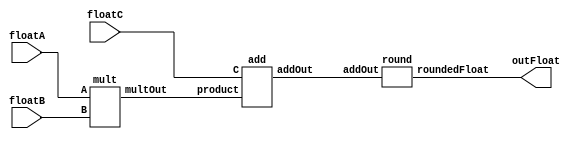
`timescale 1ns / 1ps
//////////////////////////////////////////////////////////////////////////////////
// Company: 
// Engineer: 
// 
// Design Name: 
// Module Name: FMA
// Project Name: 
// Target Devices: 
// Tool Versions: 
// Description: 
// 
// Dependencies: 
// 
// Revision:
// Revision 0.01 - File Created
// Additional Comments:
// 
//////////////////////////////////////////////////////////////////////////////////


module FMA(input [31:0] floatA,floatB,floatC,output [31:0] outFloat);
wire[56:0] product;
wire [106:0] sum;
mult m(floatA,floatB,product);
add a(product,floatC,sum);
round r(sum,outFloat);
endmodule



module mult(input [31:0] A,B, output [56:0] multOut);
//take the exponents
wire [8:0] expA, expB;

assign expA[8]=0;
assign expB[8]=0;
assign expA[7:0]=A[30:23];
assign expB[7:0]=B[30:23];
//take mantissas 
//first zero padding
wire [47:0] MA, MB;
assign MA[47:24]=0;
assign MB[47:24]=0;

//take mantissas
assign MA[22:0]=A[22:0];
assign MB[22:0]=B[22:0];
//assign lead digit 
assign MA[23]=~(expA==0);
assign MB[23]=~(expB==0);


wire[47:0] multM;
assign multM=MA*MB;

//mask to pass value
wire overflow;
wire underflow;
wire [47:0]overflow_mask;
wire [47:0]underflow_mask;
wire [7:0]expOverflow_mask;
wire [7:0]expUnderflow_mask;
assign overflow_mask={48{overflow}};
assign underflow_mask={48{~underflow}};

assign expOverflow_mask={8{overflow}};
assign expUnderflow_mask={8{~underflow}};

assign overflow=((expA+expB)>9'd382);//127+255=382
assign underflow=((expA+expB)<9'd104);//127-23=104
//calculate exponents
wire [8:0] expAdd;
assign expAdd=(expA+expB)-9'd126;
wire [7:0] multExp;
assign multExp=expAdd[7:0];
wire multSign;
assign multSign=A[31]^B[31];

//final steps
wire finalMultS;
wire[7:0] finalMultExp;
wire[47:0] finalMultM;

assign finalMultS=multSign;
assign finalMultExp=(multExp&expUnderflow_mask)|expOverflow_mask;
assign finalMultM=(multM&underflow_mask)|overflow_mask;


assign multOut[56]=finalMultS;
assign multOut[55:48]=finalMultExp;
assign multOut[47:0]=finalMultM;

//construct multiplier output 
//build output 

endmodule











module add(input [56:0] product,input [31:0] C,output[106:0] addOut);
//take signs
wire sc,sp;
assign sp=product[56];
assign sc=C[31];
wire [7:0] expP ,expC;
assign expP=product[55:48];
assign expC=C[30:23];
//take mantissas
wire[48:0] MP;
assign MP[47:0]=product[47:0];
wire[48:0] MC;
assign MC[47]=~(expC==0);
assign MC[46:24]=C[22:0];
assign MC[23:0]=0;
//extra padding at the end
assign MC[48]=0;
assign MP[48]=0;

//determine which exponent is bigger
wire bigger;
assign bigger=(expP>=expC);
wire [47:0] bigM,smallM;
wire [7:0] bigExp,smallExp;
wire bigS,smallS;
assign bigM=(MP&({49{bigger}}))|(MC&({49{~bigger}}));
assign smallM=(MP&({49{~bigger}}))|(MC&({49{bigger}}));

assign bigExp=(expP&({8{bigger}}))|(expC&({8{~bigger}}));
assign smallExp=(expP&({8{~bigger}}))|(expC&({8{bigger}}));

assign bigS=(sp&({1{bigger}}))|(sc&({1{~bigger}}));
assign smallS=(sp&({1{~bigger}}))|(sc&({1{bigger}}));

//determine difference in exponents
wire [7:0] expDifference;
assign expDifference=bigExp-smallExp;


//assign to stages
wire [97:0] bigM_stage1;
wire [97:0] smallM_stage1;
assign bigM_stage1[95:48]=bigM;
assign smallM_stage1[95:48]=smallM;
//zero padding
assign bigM_stage1[97:96]=0;
assign smallM_stage1[97:96]=0;
assign bigM_stage1[47:0]=0;
assign smallM_stage1[47:0]=0;
//next stage
wire [97:0] bigM_stage2;
wire [97:0] smallM_stage2;
assign bigM_stage2=bigM_stage1;
assign smallM_stage2=smallM_stage1>>expDifference;
//next stage adding 2s compliment
wire[97:0] signedSum;
wire[97:0] signedTop,signedBottom;
assign signedTop=((bigM_stage2^{98{bigS}})+bigS);
assign signedBottom=((smallM_stage2^{98{smallS}})+smallS);
//adding top to bottom
assign signedSum=signedTop+signedBottom;
wire sumSign;
assign sumSign=signedSum[97];
//find absolute value of product 
wire[97:0] absSum;
assign absSum=((signedSum^{98{sumSign}})+sumSign);
//create masks
//first transger expBig to 2scompliment friendly expansion
wire [8:0] exp;
assign exp[7:0]=bigExp;
assign exp[8]=0;
wire overflow;
wire underflow;
wire [97:0]overflow_mask;
wire [97:0]underflow_mask;
wire [7:0]expOverflow_mask;
wire [7:0]expUnderflow_mask;
assign overflow=(bigExp+absSum[96])>9'd255;
assign underflow=((bigExp==0)&&(absSum[95:72]==0));

assign overflow_mask={98{overflow}};
assign underflow_mask={98{~underflow}};

assign expOverflow_mask={8{overflow}};
assign expUnderflow_mask={8{~underflow}};
//take final sum
wire[97:0] fSum;
assign fSum=absSum<<(1+absSum[96]);////left shift by one since sign no longer needed and an additional one if increase one digit
wire[7:0] fExp;
assign fExp=bigExp+absSum[96];
wire fSign;
assign fSign=sumSign;

wire [97:0] maskedM;
wire [7:0]maskedExp;
wire maskedS;
assign  maskedM=(fSum&underflow_mask)|overflow_mask;
assign  maskedExp=(fExp&expUnderflow_mask)|expOverflow_mask;
assign  maskedS=fSign;


//construct output
assign addOut[106]=fSign;
assign addOut[105:98]=maskedExp;
assign addOut[97:0]=maskedM;


endmodule

module round(input [106:0] addOut,output [31:0] roundedFloat);
//extract sign
wire s;
assign s=addOut[106];
//extract exponent
wire[7:0] exp;
assign exp=addOut[105:98];
//create 2s compliment ex number for exponent math
wire [8:0] ex;
assign ex[7:0]=exp;
assign ex[8]=0;
//extract mantissa
wire [97:0] m;
assign m=addOut[97:0];
//normalization
wire firstTwoOne;
assign firstTwoOne=(m[96]|m[95]);
wire [7:0] z;
wire [97:0] endShifted,expShifted;
countZeroes zed(m,z);
assign endShifted=m<<(z);
assign expShifted=m<<(exp);
//determine if it needs a shift 
wire needshift;

//determine type of shift
//1 for endshifted 0 for expshifted 
//wire typeShift;
//assign typeShift=((zeroes-(exp+9'd126))>9'd126);
wire expLargerThanZ;
assign needshift=((~firstTwoOne)&&~expLargerThanZ)|(exp==0);
assign expLargerThanZ=((ex)>=z);
wire [7:0] expdiff;
assign expdiff=ex-z;

reg [7:0] exponent;

reg [22:0]M;
always@(*)
begin
if(needshift)
begin 
 if(expLargerThanZ)begin M=endShifted[97:75];exponent=expdiff+1;  end
  else begin M=expShifted[95:73]; exponent=0; end
end 
else if (m[97]) begin M=m[96:74]; exponent=exp+1;end
else if (m[96])begin M=m[95:73]; exponent=exp;end
else begin M=m[94:72]; exponent=exp-1;end



end

assign roundedFloat[31]=s;
assign roundedFloat[22:0]=M;
assign roundedFloat[30:23]=exponent;
//if exp larger than z then endshifted
//if exp smaller than z than expshifted




//mask to handle overflow and underflow
//assign overflow=(bigExp+absSum[96])>9'd255;
//assign underflow=~((bigExp==0)&&(absSum[95:72]==0));

//assign overflow_mask={98{overflow}};
//assign underflow_mask={98{underflow}};

//assign expOverflow_mask={8{overflow}};
//assign expUnderflow_mask={8{underflow}};

endmodule 

//counts the number of zeroes from left to right 
//for rest change input 
module countZeroes(input [97:0] m,output [7:0] zeroes);
//26

reg [7:0] count;
assign zeroes=count;
always@(*)
begin
if(m[97])begin count=8'd0; end
else if(m[96])begin count=8'd1;end
else if(m[95])begin count=8'd2;end
else if(m[94])begin count=8'd3;end
else if(m[93])begin count=8'd4;end
else if(m[92])begin count=8'd5;end
else if(m[91])begin count=8'd6;end
else if(m[90])begin count=8'd7;end
else if(m[89])begin count=8'd8;end
else if(m[88])begin count=8'd9;end
else if(m[87])begin count=8'd10;end
else if(m[86])begin count=8'd11;end
else if(m[85])begin count=8'd12;end
else if(m[84])begin count=8'd13;end
else if(m[83])begin count=8'd14;end
else if(m[82])begin count=8'd15;end
else if(m[81])begin count=8'd16;end
else if(m[80])begin count=8'd17;end
else if(m[79])begin count=8'd18;end
else if(m[78])begin count=8'd19;end
else if(m[77])begin count=8'd20;end
else if(m[76])begin count=8'd21;end
else if(m[75])begin count=8'd22;end
else if(m[74])begin count=8'd23;end
else if(m[73])begin count=8'd24;end
else if(m[72])begin count=8'd25;end
else if(m[71])begin count=8'd26;end
else if(m[70])begin count=8'd27;end
else if(m[69])begin count=8'd28;end
else if(m[68])begin count=8'd29;end
else if(m[67])begin count=8'd30;end
else if(m[66])begin count=8'd31;end
else if(m[65])begin count=8'd32;end
else if(m[64])begin count=8'd33;end
else if(m[63])begin count=8'd34;end
else if(m[62])begin count=8'd35;end
else if(m[61])begin count=8'd36;end
else if(m[60])begin count=8'd37;end
else if(m[59])begin count=8'd38;end
else if(m[58])begin count=8'd39;end
else if(m[57])begin count=8'd40;end
else if(m[56])begin count=8'd41;end
else if(m[55])begin count=8'd42;end
else if(m[54])begin count=8'd43;end
else if(m[53])begin count=8'd44;end
else if(m[52])begin count=8'd45;end
else if(m[51])begin count=8'd46;end
else if(m[50])begin count=8'd47;end
else if(m[49])begin count=8'd48;end
else if(m[48])begin count=8'd49;end
else if(m[47])begin count=8'd50;end
else if(m[46])begin count=8'd51;end
else if(m[45])begin count=8'd52;end
else if(m[44])begin count=8'd53;end
else if(m[43])begin count=8'd54;end
else if(m[42])begin count=8'd55;end
else if(m[41])begin count=8'd56;end
else if(m[40])begin count=8'd57;end
else if(m[39])begin count=8'd58;end
else if(m[38])begin count=8'd59;end
else if(m[37])begin count=8'd60;end
else if(m[36])begin count=8'd61;end
else if(m[35])begin count=8'd62;end
else if(m[34])begin count=8'd63;end
else if(m[33])begin count=8'd64;end
else if(m[32])begin count=8'd65;end
else if(m[31])begin count=8'd66;end
else if(m[30])begin count=8'd67;end
else if(m[29])begin count=8'd68;end
else if(m[28])begin count=8'd69;end
else if(m[27])begin count=8'd70;end
else if(m[26])begin count=8'd71;end
else if(m[25])begin count=8'd72;end
else if(m[24])begin count=8'd73;end
else if(m[23])begin count=8'd74;end
else if(m[22])begin count=8'd75;end
else if(m[21])begin count=8'd76;end
else if(m[20])begin count=8'd77;end
else if(m[19])begin count=8'd78;end
else if(m[18])begin count=8'd79;end
else if(m[17])begin count=8'd80;end
else if(m[16])begin count=8'd81;end
else if(m[15])begin count=8'd82;end
else if(m[14])begin count=8'd83;end
else if(m[13])begin count=8'd84;end
else if(m[12])begin count=8'd85;end
else if(m[11])begin count=8'd86;end
else if(m[10])begin count=8'd87;end
else if(m[9])begin count=8'd88;end
else if(m[8])begin count=8'd89;end
else if(m[7])begin count=8'd90;end
else if(m[6])begin count=8'd91;end
else if(m[5])begin count=8'd92;end
else if(m[4])begin count=8'd93;end
else if(m[3])begin count=8'd94;end
else if(m[2])begin count=8'd95;end
else if(m[1])begin count=8'd96;end
else if(m[0])begin count=8'd97;end
else begin count=8'd98; end 
end
endmodule